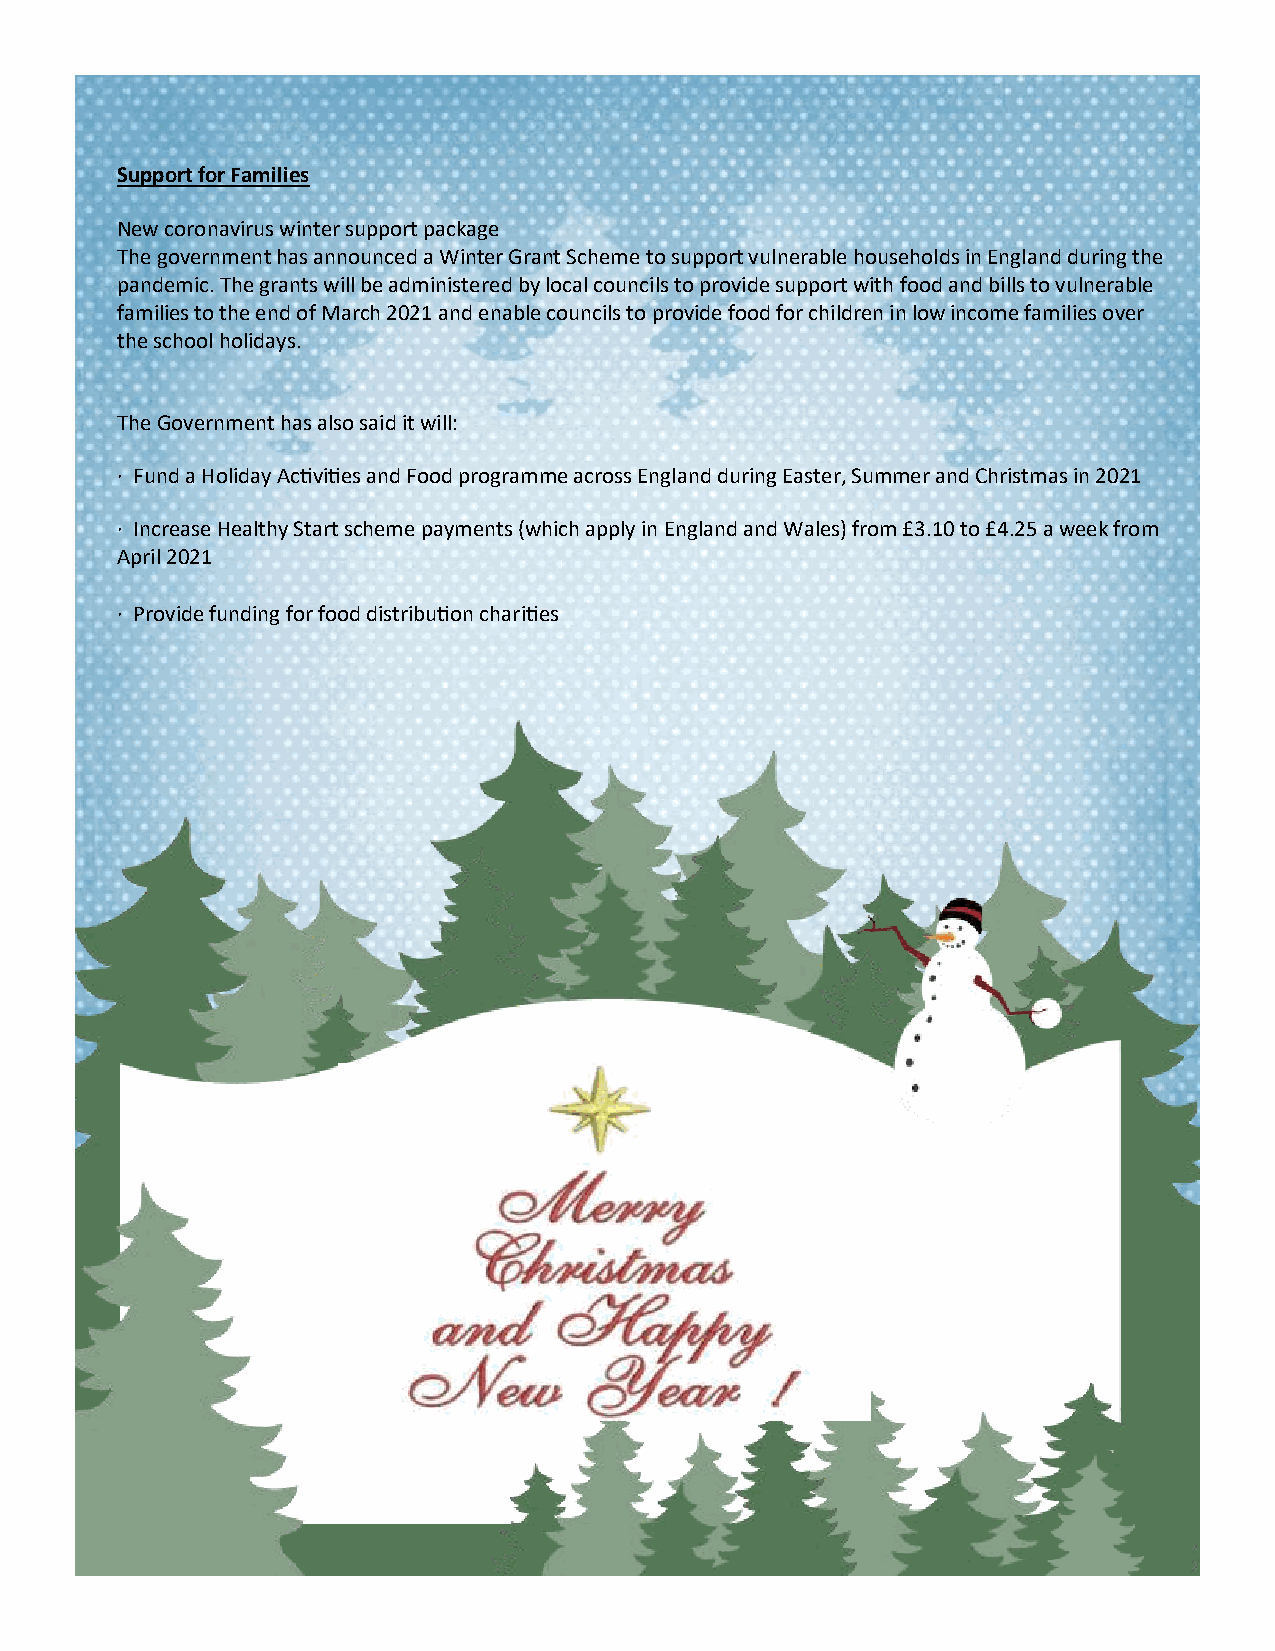
Support for Families
 New coronavirus winter support package
 The government has announced a Winter Grant Scheme to support vulnerable households in England during the
 pandemic. The grants will be administered by local councils to provide support with food and bills to vulnerable
 families to the end of March 2021 and enable councils to provide food for children in low income families over
 the school holidays.
 The Government has also said it will:
 · Fund a Holiday Activities and Food programme across England during Easter, Summer and Christmas in 2021
 · Increase Healthy Start scheme payments (which apply in England and Wales) from £3.10 to £4.25 a week from
 April 2021
 · Provide funding for food distribution charities